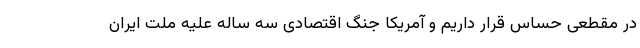
در مقطعی حساس قرار داریم و آمریکا جنگ اقتصادی سه ساله علیه ملت ایران